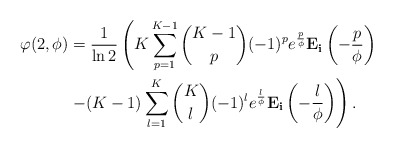
\begin{align*}\varphi(2,\phi) &=\frac{1}{\ln 2} \left(K \sum^{K-1}_{p=1} {K-1 \choose p}(-1)^p e^{\frac{p}{\phi}} \mathbf{E_i}\left(-\frac{p}{\phi}\right) \right. \\ &\left. - (K-1) \sum^{K}_{l=1}{K \choose l}(-1)^l e^{\frac{l}{\phi}} \mathbf{E_i}\left(-\frac{l}{\phi}\right) \right) .\end{align*}